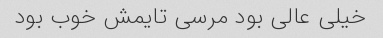
خیلی عالی بود مرسی تایمش خوب بود